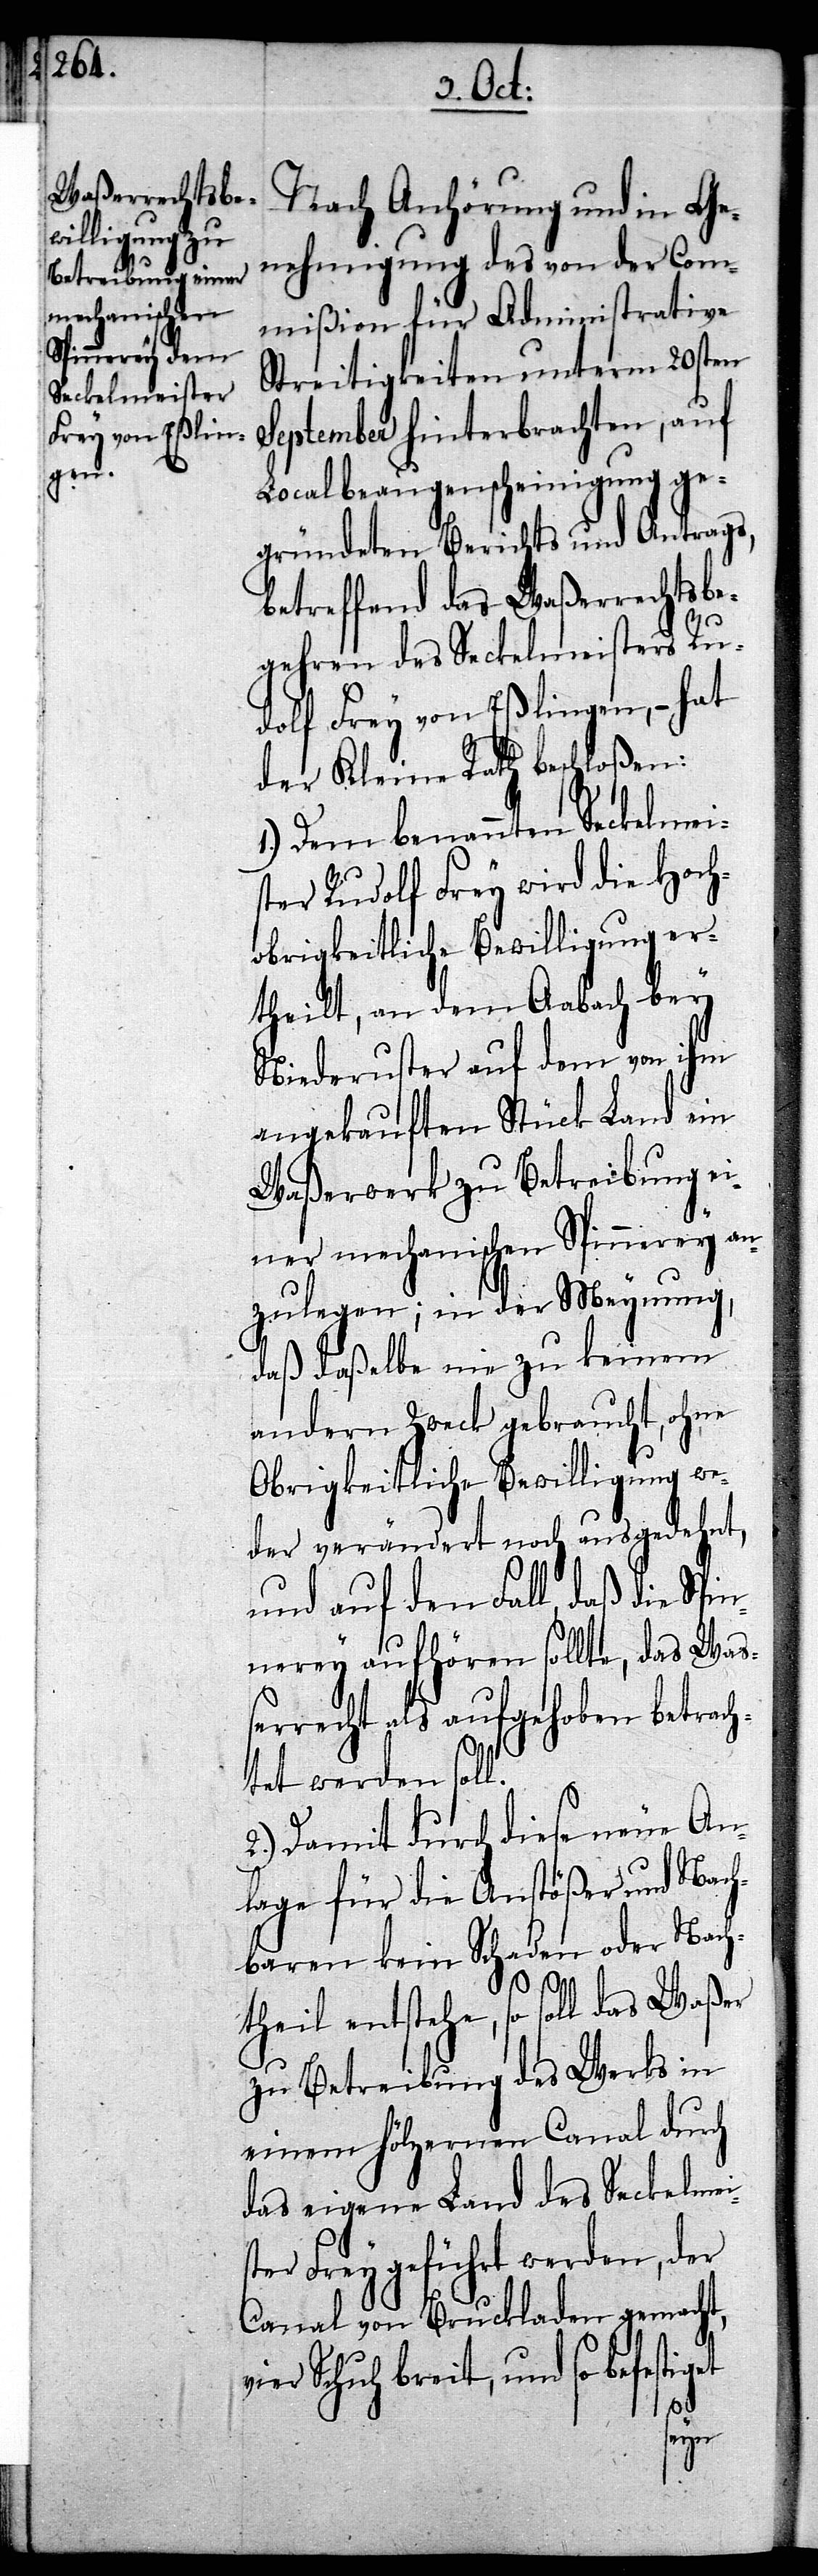
Nach Anhörung und in Ge¬
nehmigung des von der Com¬
mißion für Administrative
Streitigkeiten unterm 20sten
September hinterbrachten, auf
Localbeaugenscheinigung ge¬
gründeten Berichts und Antrags,
betreffend das Waßerrechtsbe¬
gehren des Seckelmeisters Ru¬
dolf Frey von Eßlingen, – hat
der Kleine Rath beschloßen:
1.) Dem benannten Seckelmei¬
ser Rudolf Frey wird die Hoch¬
obrigkeitliche Bewilligung er¬
theilt, an dem Aabach bey
Niederuster auf dem von ihm
angekauften Stück Land ein
Waßerwerk zu Betreibung ei¬
ner mechanischen Spinnerey an¬
zulegen; in der Meynung,
daß daßelbe nie zu keinem
andern Zweck gebraucht, ohne
Obrigkeitliche Bewilligung we¬
der verändert noch ausgedehnt,
und auf den Fall, daß die Spin¬
nerey aufhören sollte, das Waß¬
errecht als aufgehoben betrach¬
tet werden sol¬
2.) Damit durch diese neue An¬
lage für die Anstößer und Nach¬
baren kein Schaden oder Nach¬
theil entstehe, so soll das Waßer
zu Betreibung des Werks in
einem hölzernen Canal durch
das eigene Land des Seckelmei¬
ster Frey geführt werden, der
Canal von Bruckladen gemacht,
vier Schuh breit, und so befestiget
l.